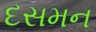
દસમન